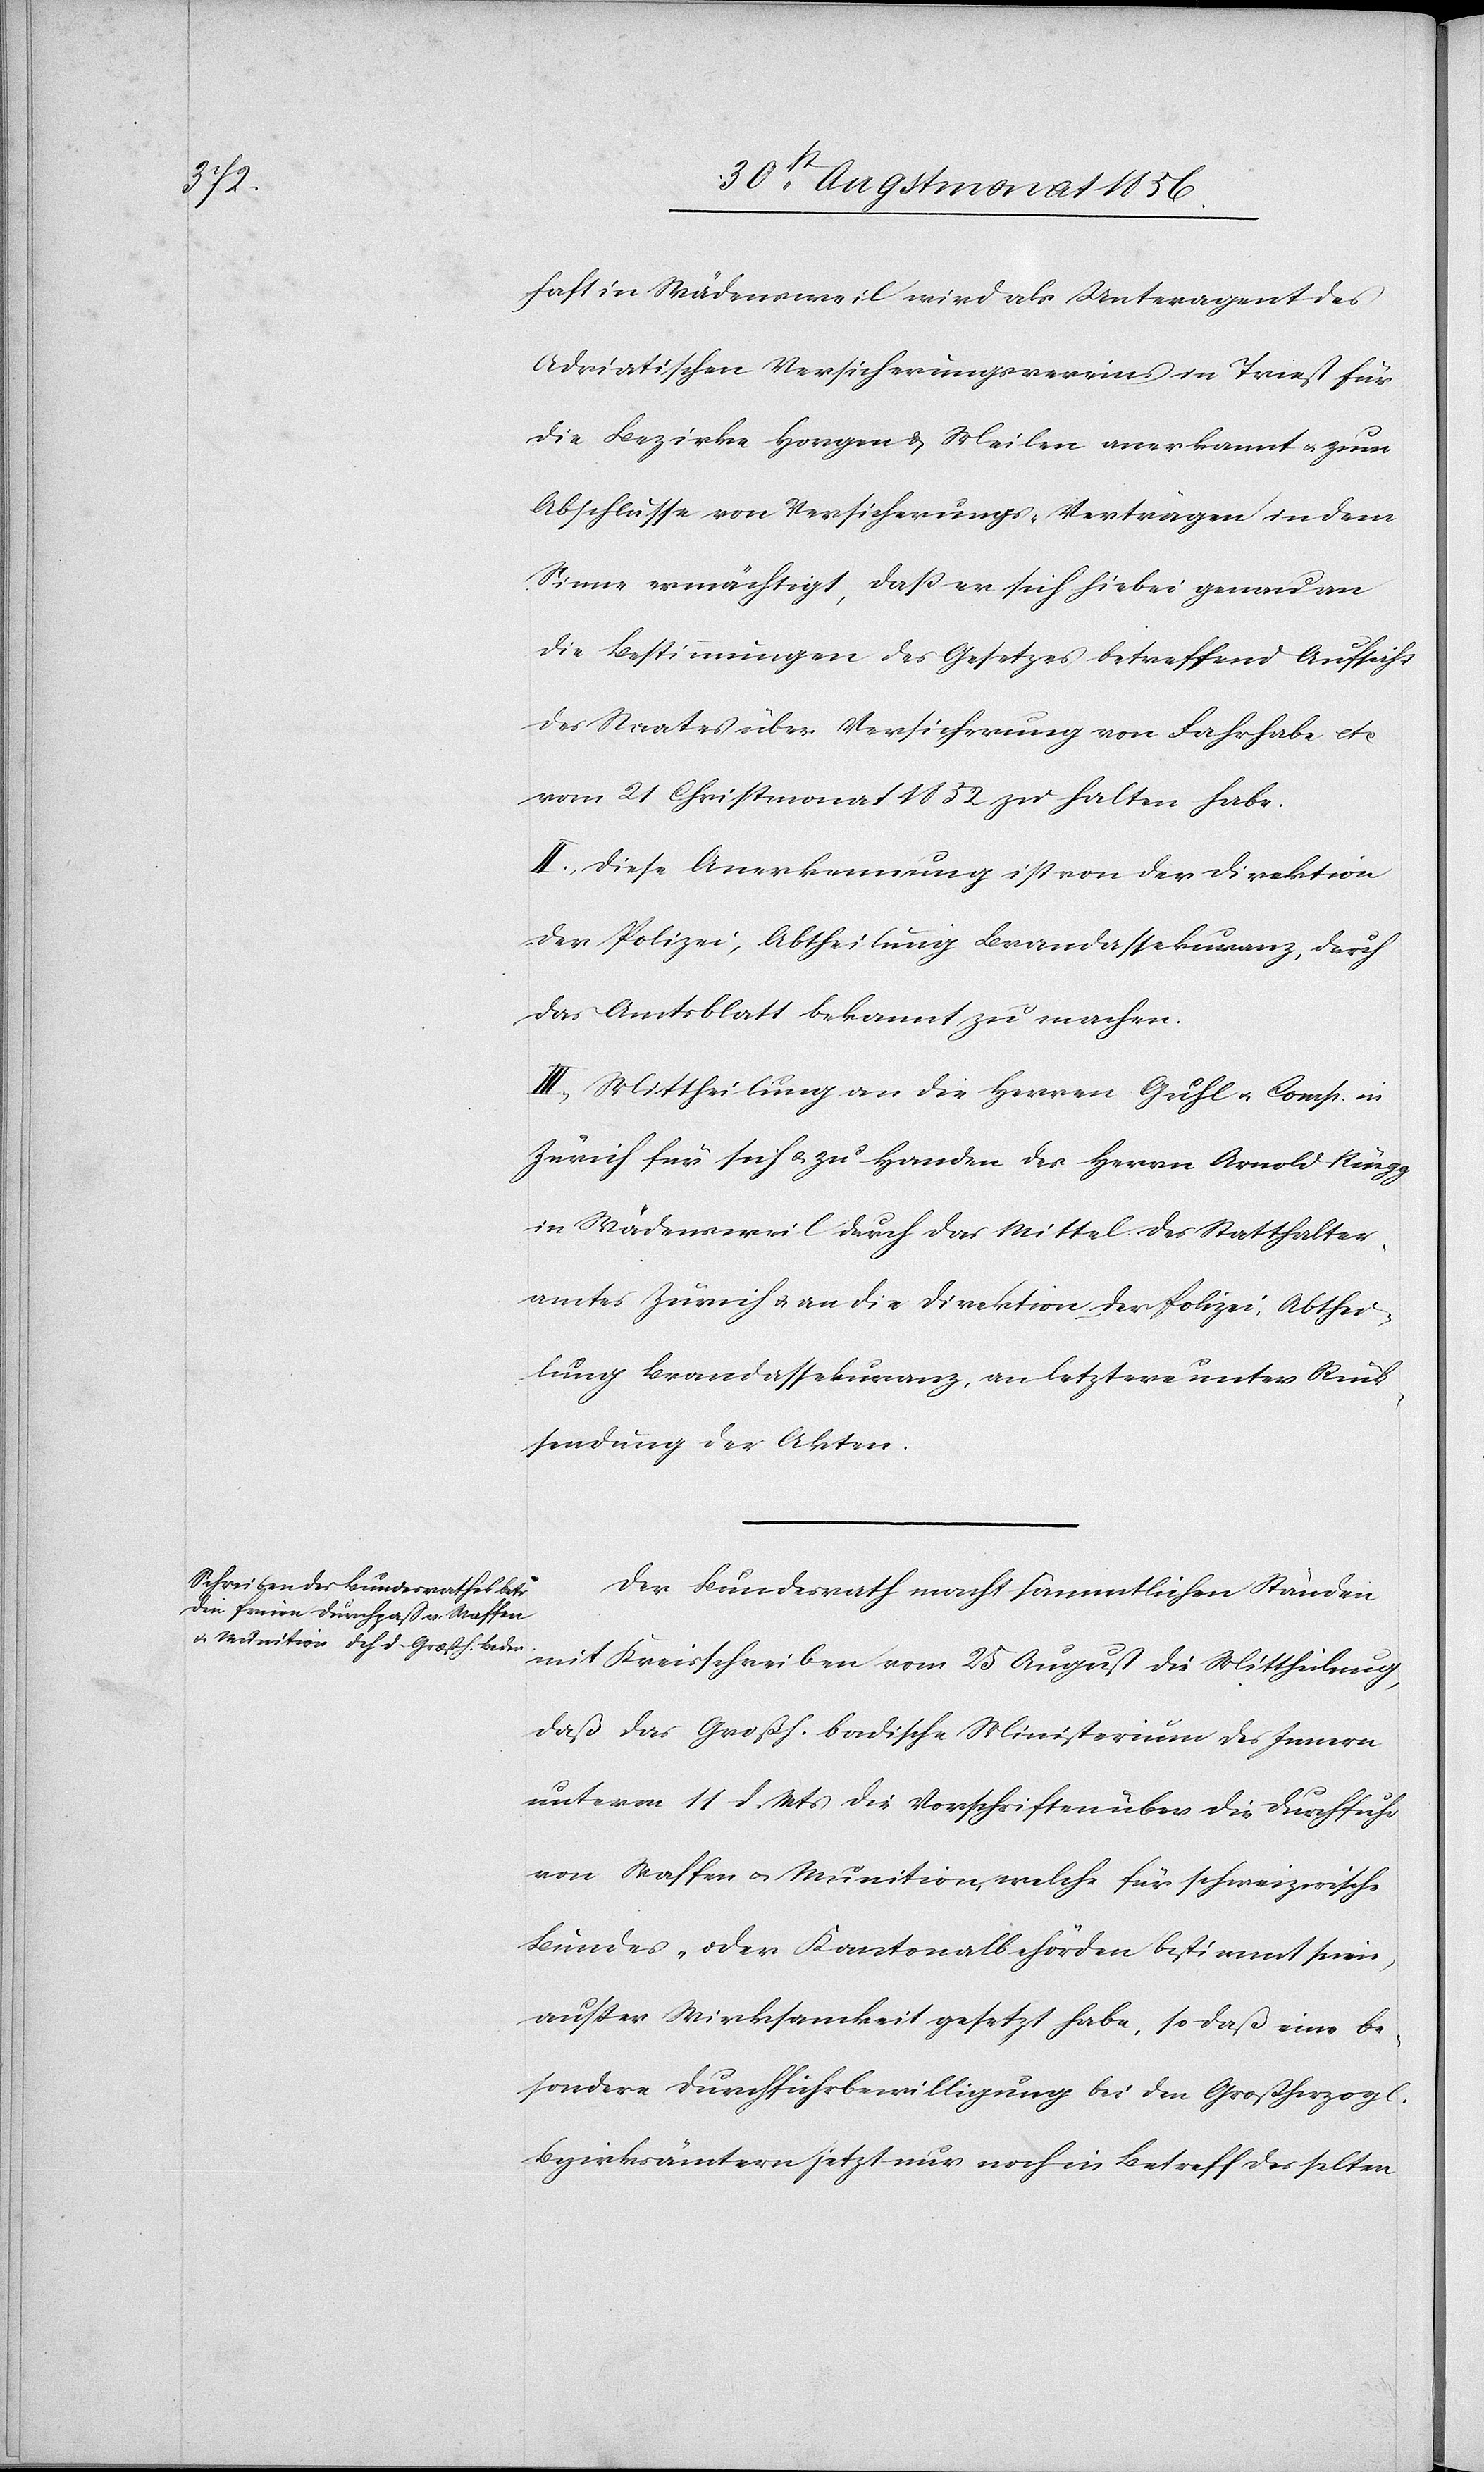
haft in Wädensweil wird als Unteragent des
Adriatischen Versicherungsvereins in Triest für
die Bezirke Horgen & Meilen anerkannt u. zum
Abschlusse von Versicherungs-Verträgen in dem
Sinne ermächtigt, dass er sich hiebei genau an
die Bestimmungen des Gesetzes betreffend Aufsicht
des Staates über Versicherung von Fahrhabe etc
vom 21 Christmonat 1852 zu halten habe.
II.) Diese Anerkennung ist von der Direktion
der Polizei, Abtheilung Brandassekuranz, durch
das Amtsblatt bekannt zu machen.
III.) Mittheilung an die Herren Guhl u. Comp. in
Zürich für sich und zu Handen des Herrn Arnold Rüegg
in Wädensweil durch das Mittel des Statthalter¬
amtes Zürich u. an die Direktion der Polizei, Abthei¬
lung Brandassekuranz, an letztere unter Rück¬
sendung der Akten.
Der Bundesrath macht sämmtlichen Ständen
mit Kreisschreiben vom 25 August die Mittheilung,
daß das Großh. badische Ministerium des Innern
unterm 11 d. Mts die Vorschriften über die Durchfuhr
von Waffen u. Munition, welche für schweizerische
Bundes- oder Kantonalbehörden bestimmt seien,
ausser Wirksamkeit gesetzt habe, so daß eine be¬
sondere Durchführbewilligung bei den Großherzogl.
Bezirksämtern jetzt nur noch in Betreff des selten